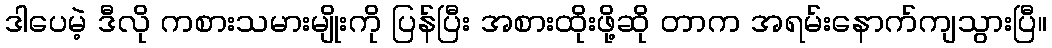
ဒါပေမဲ့ ဒီလို ကစားသမားမျိုးကို ပြန်ပြီး အစားထိုးဖို့ဆို တာက အရမ်းနောက်ကျသွားပြီ။